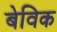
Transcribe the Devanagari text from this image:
बेविक